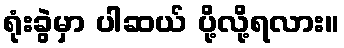
ရုံးခွဲမှာ ပါဆယ် ပို့လို့ရလား။